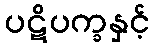
ပဋိပက္ခနှင့်